Statistical return of the lunatic asylum in Assam - 1912-1932
Year: 1912
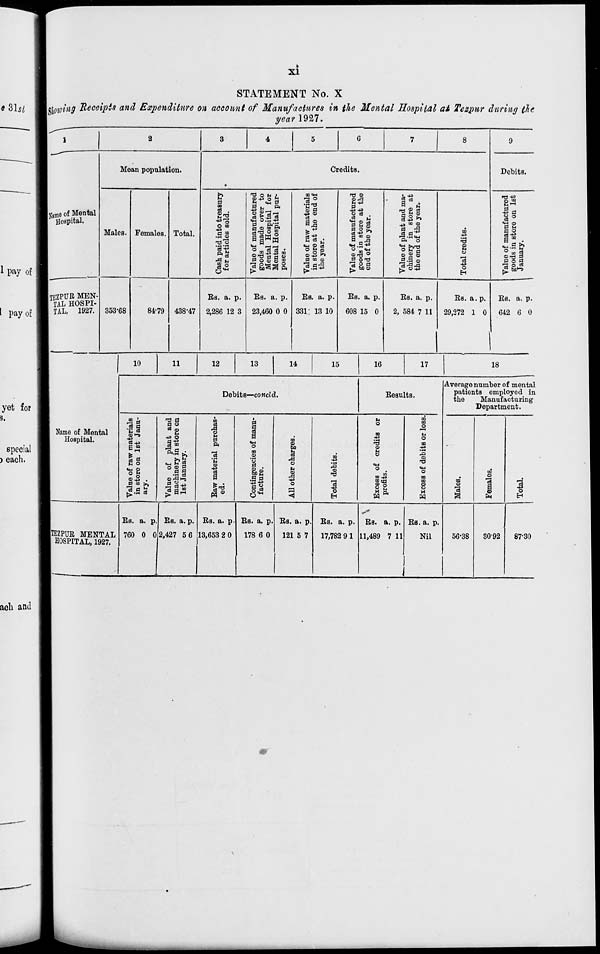
xi
STATEMENT No. X
Wowing Receipts and Expenditure on account of Manufactures in the Mental Hospital at Tezpur during {lie
year 1927.
Same of Mental
Hospital.
TEZPUR MEN-
TAL HOSPI-
TAL, 1927.
Moan population.
Males.
353-68
Females. Total.
Credits.
m
03
O ID
C <"
.5 o
re's
'i'l
So
84-79 438-47
Es. a. p.
2,286 12 3
T3 O M ■
o SI'S —
«<H
Hi-1
P> o « S 2
tO «*H
OS
CD
XL
s
li. h * u
■H ? OS
o M S
a>-S >>
pj •'.' -j
"3 a-3,
TJ ®
H 43
is O c4 .
"a ® e3
ea i2 "
g m ca
|.s|
SOT)
« p a
»r bo a>
^ ■+ 3
ca nj
I i
* PI *
A o
o h a
jg.g ©
o
M
O
o
EH
Es. a. p.
23,460 0 0
Es. a. p.
331; 13 10
Es. a. p.
608 15 0
Es. a. p.
2, 584 7 11
Es. a. p.
29,272 1 0
Debits.
rrj -t>
43 fl
18
© - a
m
d 5 a
■a °^
Es. a. p.
642 6 0
10
11
12
13
14
15
16
17
18
Name of Mental
Hospital.
Debits—concld.
Eesults.
3 a
4=
p ca
fl o
s
43 o
1 o
M
ft
1
■M
O
m
CD
to
u
o
m
43
n3
CD
Value of raw i
in store on 1
ary.
"eS
CD
9
i
to
B
6
Value of
machinery
1st Januar
B
CD
43
ca
a
§2
11 O.H
-a
Q
U
CD
,d
43
O
43
CD
43
o
Excess of
profits.
m
o
n
o
m
43
CD
ca
to
o
CD
H
Average number of mental
patients employed in
the
Manufacturing
Department.
ca
CD
'co
CO
CD
c3
43
o
H
|TEZPUE MENTAL
HOSPITAL, 1927.
Es. a. p.
760 0 0
Es. a. p.
2,427 5 6
Es. a. p
13,653 2 0
Es. a. p.
178 6 0
Es. a. p.
121 5 7
Es. a. p.
17,782 9 1
Es. a. p.
11,489 7 11
Es. a. p.
Nil
56-38
3092
87-30